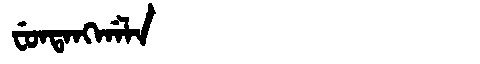
Manchu: ᠸᡠᠨᡨᠠᠩᡤᠠᠯᠠ
Romanization: FUNTANGGALA